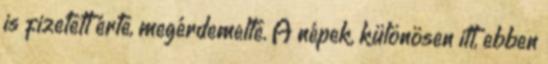
is fizetett érte, megérdemelte. A népek, különösen itt, ebben